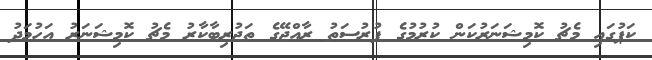
ކަޕުގައި މެޗު ކޮމިޝަނަރުކަން ކުރުމުގެ ފުރުސަތު ރާއްޖޭގެ ތަޖުރިބާކާރު މެޗު ކޮމިޝަނަރު އަހުމަދު